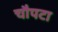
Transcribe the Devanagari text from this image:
चौपटा